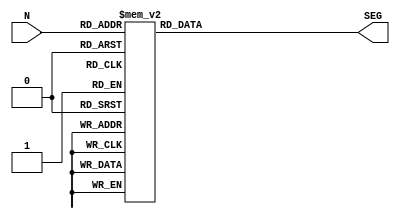
`timescale 1ns / 1ps
//////////////////////////////////////////////////////////////////////////////////
// Company: 
// Engineer: 
// 
// Design Name: 
// Module Name: to_ss
// Project Name: 
// Target Devices: 
// Tool Versions: 
// Description: 
// 
// Dependencies: 
// 
// Revision:
// Revision 0.01 - File Created
// Additional Comments:
// 
//////////////////////////////////////////////////////////////////////////////////

module decoder_7_seg(
   input [3:0] N,
   output reg [7:0] SEG
   );

always @(*) 
begin
	case(N)
        4'd0: SEG = 8'b00000011;
        4'd1: SEG = 8'b10011111; 
        4'd2: SEG = 8'b00100101;
        4'd3: SEG = 8'b00001101;
        4'd4: SEG = 8'b10011001;
        4'd5: SEG = 8'b01001001;
        4'd6: SEG = 8'b01000001;
        4'd7: SEG = 8'b00011111;
        4'd8: SEG = 8'b00000001;
        4'd9: SEG = 8'b00001001;
        4'd10: SEG = 8'b11111101;
        default: SEG = 8'b11111111;
	endcase
	
end
endmodule